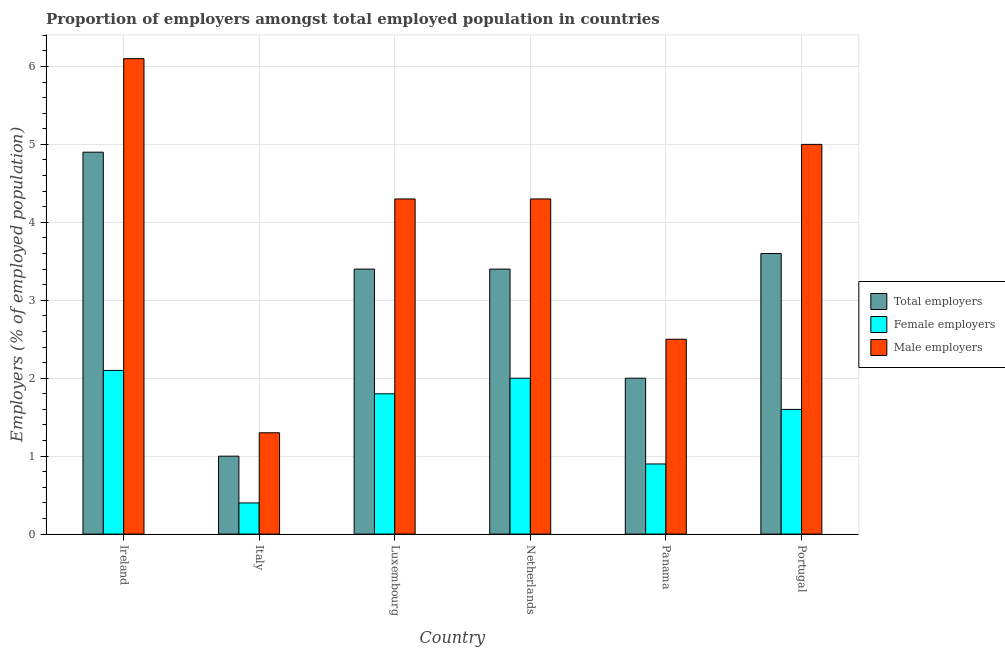
| Country | Total employers | Female employers | Male employers |
 | --- | --- | --- | --- |
 | Ireland | 4.9 | 2.1 | 6.1 |
 | Italy | 1 | 0.4 | 1.3 |
 | Luxembourg | 3.4 | 1.8 | 4.3 |
 | Netherlands | 3.4 | 2 | 4.3 |
 | Panama | 2 | 0.9 | 2.5 |
 | Portugal | 3.6 | 1.6 | 5 |